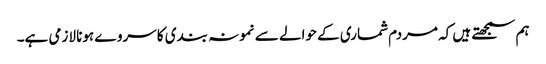
ہم سمجھتے ہیں کہ مردم شماری کے حوالے سے نمونہ بندی کا سروے ہونا لازمی ہے۔